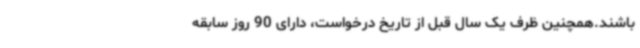
باشند.همچنین ظرف یک سال قبل از تاریخ درخواست، دارای 90 روز سابقه